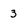
Character: 3